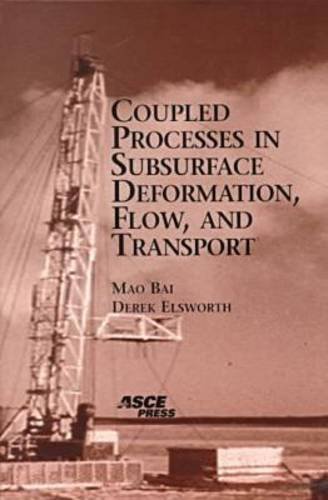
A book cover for Coupled Processes in Subsurface Deformation, Flow, and Transport; Mao Bai; Science & Math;